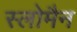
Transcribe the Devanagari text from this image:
स्लोमैन